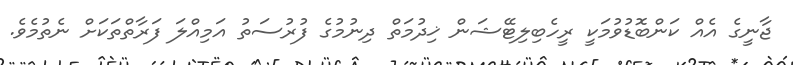
ޖާނީގެ އެއް ކަންބޮޑުވުމަކީ ރީހެބިލިޓޭޝަން ޚިދުމަތް ދިނުމުގެ ފުރުސަތު އަމިއްލަ ފަރާތްތަކަށް ނެތުމެވެ.